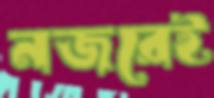
নজরেই